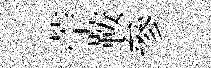
苧鞍參